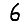
Digit: 6